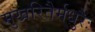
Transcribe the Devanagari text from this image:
मुखरितैर्मधुरैः